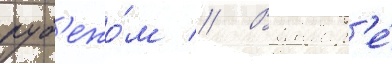
руб'ежо́м // В январ'е́